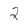
Character: 2